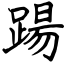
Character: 踼